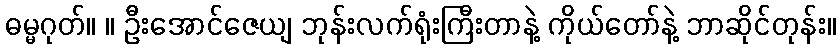
ဓမ္မဂုတ်။ ။ ဦးအောင်ဇေယျ ဘုန်းလက်ရုံးကြီးတာနဲ့ ကိုယ်တော်နဲ့ ဘာဆိုင်တုန်း။